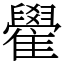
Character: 雤